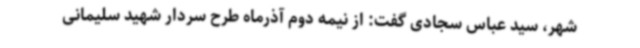
شهر، سید عباس سجادی گفت: از نیمه دوم آذرماه طرح سردار شهید سلیمانی